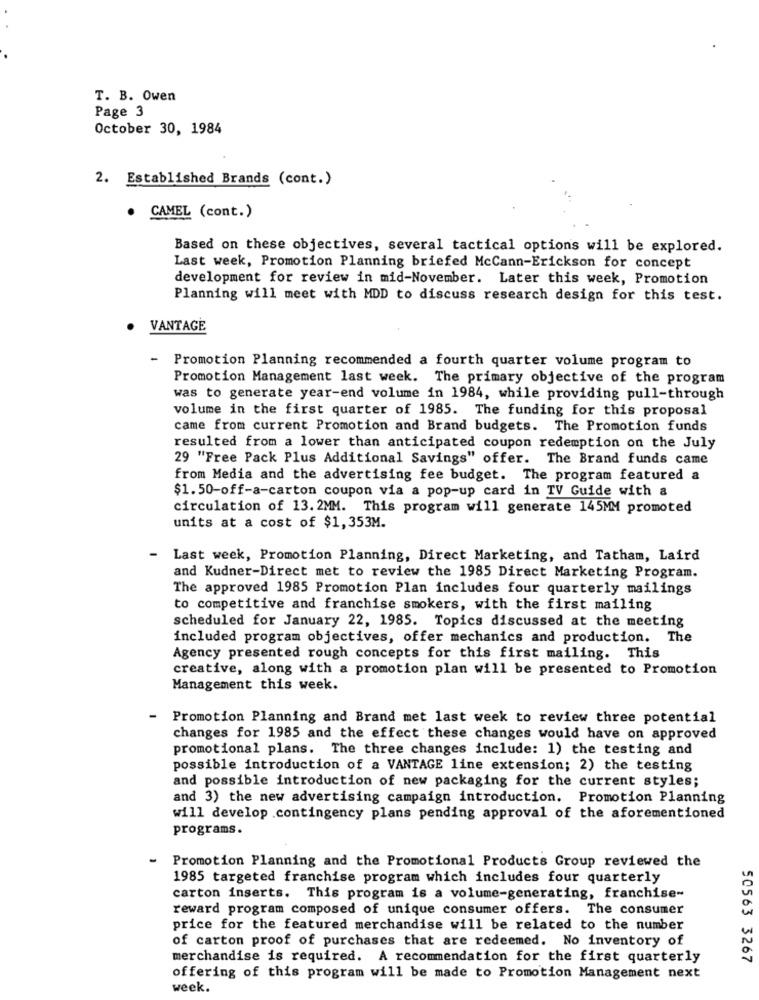
T. B. Owen
Page 3
October 30, 1984
2. Established Brands (cont.)
. CAMEL (cont.)
Based on these objectives, several tactical options will be explored.
Last week, Promotion Planning briefed McCann-Erickson for concept
development for review in mid-November. Later this week, Promotion
Planning will meet with MDD to discuss research design for this test.
VANTAGE
-
Promotion Planning recommended a fourth quarter volume program to
Promotion Management last week. The primary objective of the program
was to generate year-end volume in 1984, while providing pull-through
volume in the first quarter of 1985. The funding for this proposal
came from current Promotion and Brand budgets. The Promotion funds
resulted from a lower than anticipated coupon redemption on the July
29 "Free Pack Plus Additional Savings" offer. The Brand funds came
from Media and the advertising fee budget. The program featured a
$1.50-off-a-carton coupon via a pop-up card in TV Guide with a
circulation of 13. 2MM. This program will generate 145MM promoted
units at a cost of $1,353M.
-
Last week, Promotion Planning, Direct Marketing, and Tatham, Laird
and Kudner-Direct met to review the 1985 Direct Marketing Program.
The approved 1985 Promotion Plan includes four quarterly mailings
to competitive and franchise smokers, with the first mailing
scheduled for January 22, 1985. Topics discussed at the meeting
included program objectives, offer mechanics and production.
The
Agency presented rough concepts for this first mailing. This
creative, along with a promotion plan will be presented to Promotion
Management this week.
Promotion Planning and Brand met last week to review three potential
changes for 1985 and the effect these changes would have on approved
promotional plans. The three changes include: 1) the testing and
possible introduction of a VANTAGE line extension; 2) the testing
and possible introduction of new packaging for the current styles;
and 3) the new advertising campaign introduction. Promotion Planning
will develop .contingency plans pending approval of the aforementioned
programs.
-
Promotion Planning and the Promotional Products Group reviewed the
1985 targeted franchise program which includes four quarterly
carton inserts. This program is a volume-generating, franchise-
reward program composed of unique consumer offers. The consumer
price for the featured merchandise will be related to the number
of carton proof of purchases that are redeemed. No inventory of
merchandise is required. A recommendation for the first quarterly
50563 3267
offering of this program will be made to Promotion Management next
week.